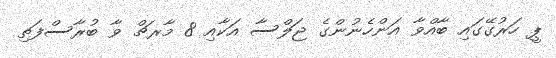
ޕީ ހަރުގޭގައި ބާއްވާ އަންހެނުންގެ ޖަލްސާ އަކާއި 8 މާރޗް ވާ ބުރާސްފަތި